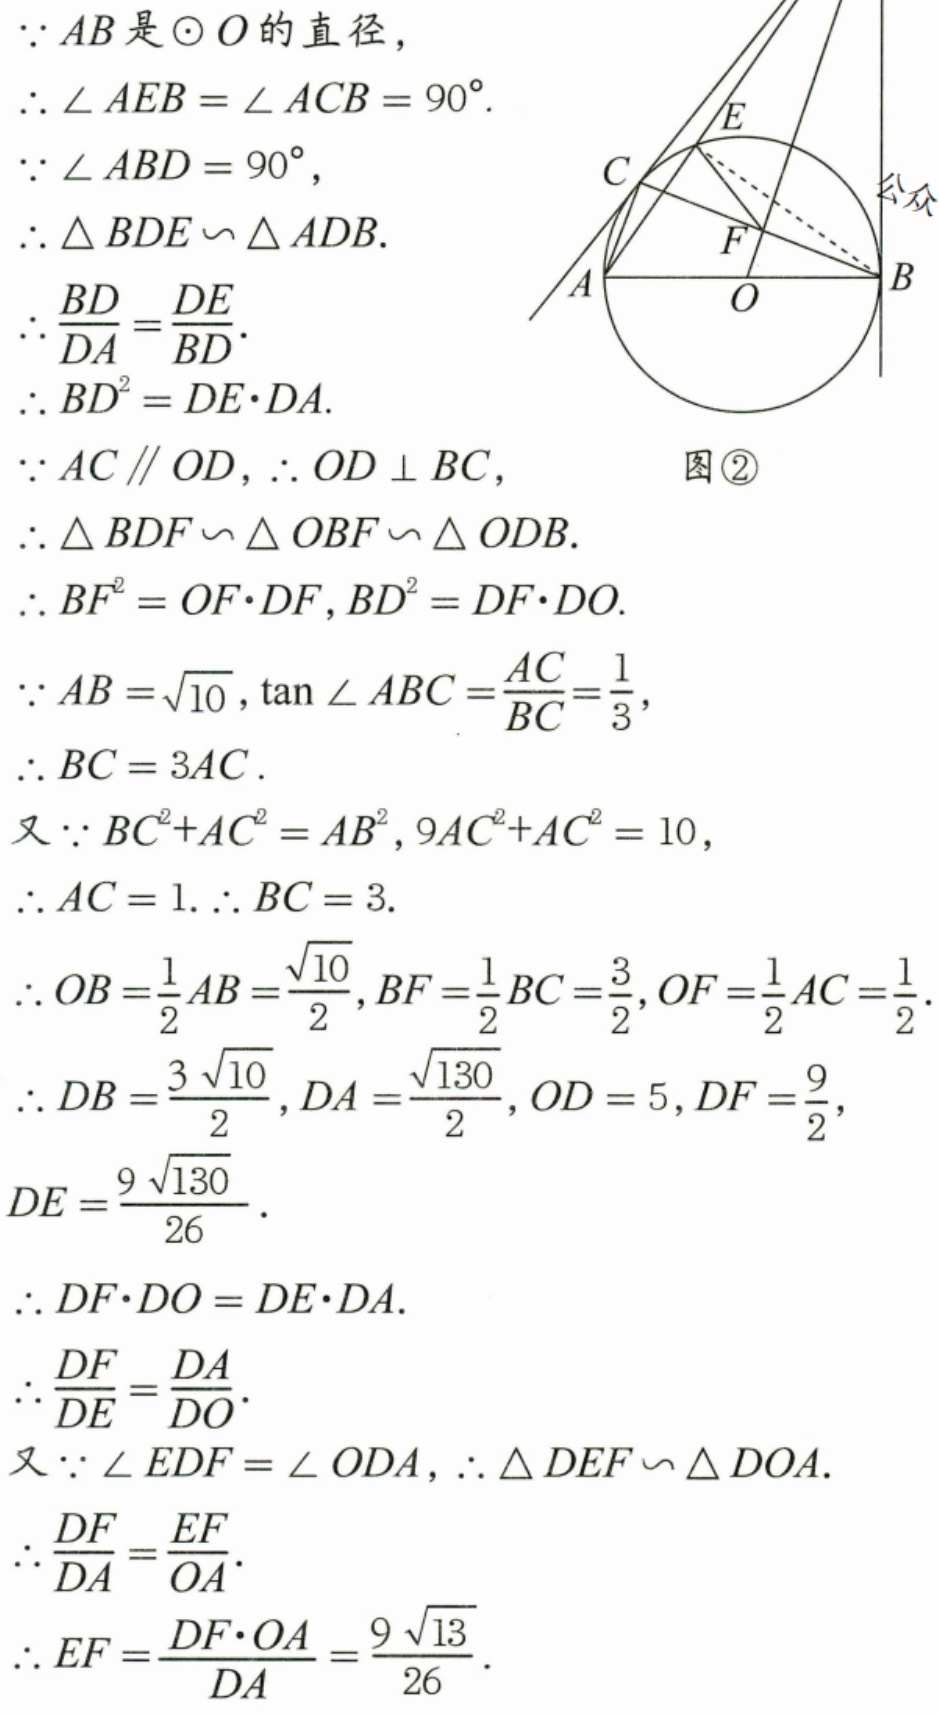
$\because AB\text{是}\odot O\text{的直径},$
$\therefore \angle AEB=\angle ACB = 90^{\circ}.$
$\because \angle ABD = 90^{\circ},$
$\therefore \triangle BDE\sim\triangle ADB.$
$\therefore \frac{BD}{DA}=\frac{DE}{BD}.$
$\therefore BD^{2}=DE\cdot DA.$
$\because AC\parallel OD,\therefore OD\perp BC,$
$\therefore \triangle BDF\sim\triangle OBF\sim\triangle ODB.$
$\therefore BF^{2}=OF\cdot DF,BD^{2}=DF\cdot DO.$
$\because AB = \sqrt{10},\tan\angle ABC=\frac{AC}{BC}=\frac{1}{3},$
$\therefore BC = 3AC.$
$\text{又}\because BC^{2}+AC^{2}=AB^{2},9AC^{2}+AC^{2}=10,$
$\therefore AC = 1.\therefore BC = 3.$
$\therefore OB=\frac{1}{2}AB=\frac{\sqrt{10}}{2},BF=\frac{1}{2}BC=\frac{3}{2},OF=\frac{1}{2}AC=\frac{1}{2}.$
$\therefore DB=\frac{3\sqrt{10}}{2},DA=\frac{\sqrt{130}}{2},OD = 5,DF=\frac{9}{2},$
$DE=\frac{9\sqrt{130}}{26}.$
$\therefore DF\cdot DO=DE\cdot DA.$
$\therefore \frac{DF}{DE}=\frac{DA}{DO}.$
$\text{又}\because \angle EDF=\angle ODA,\therefore \triangle DEF\sim\triangle DOA.$
$\therefore \frac{DF}{DA}=\frac{EF}{OA}.$
$\therefore EF=\frac{DF\cdot OA}{DA}=\frac{9\sqrt{13}}{26}.$